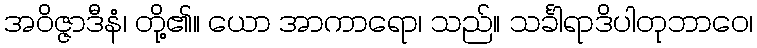
အဝိဇ္ဇာဒီနံ၊ တို့၏။ ယော အာကာရော၊ သည်။ သင်္ခါရာဒိပါတုဘာဝေ၊